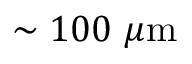
\sim 1 0 0 ~ \mu \mathrm { m }